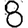
Digit: 8